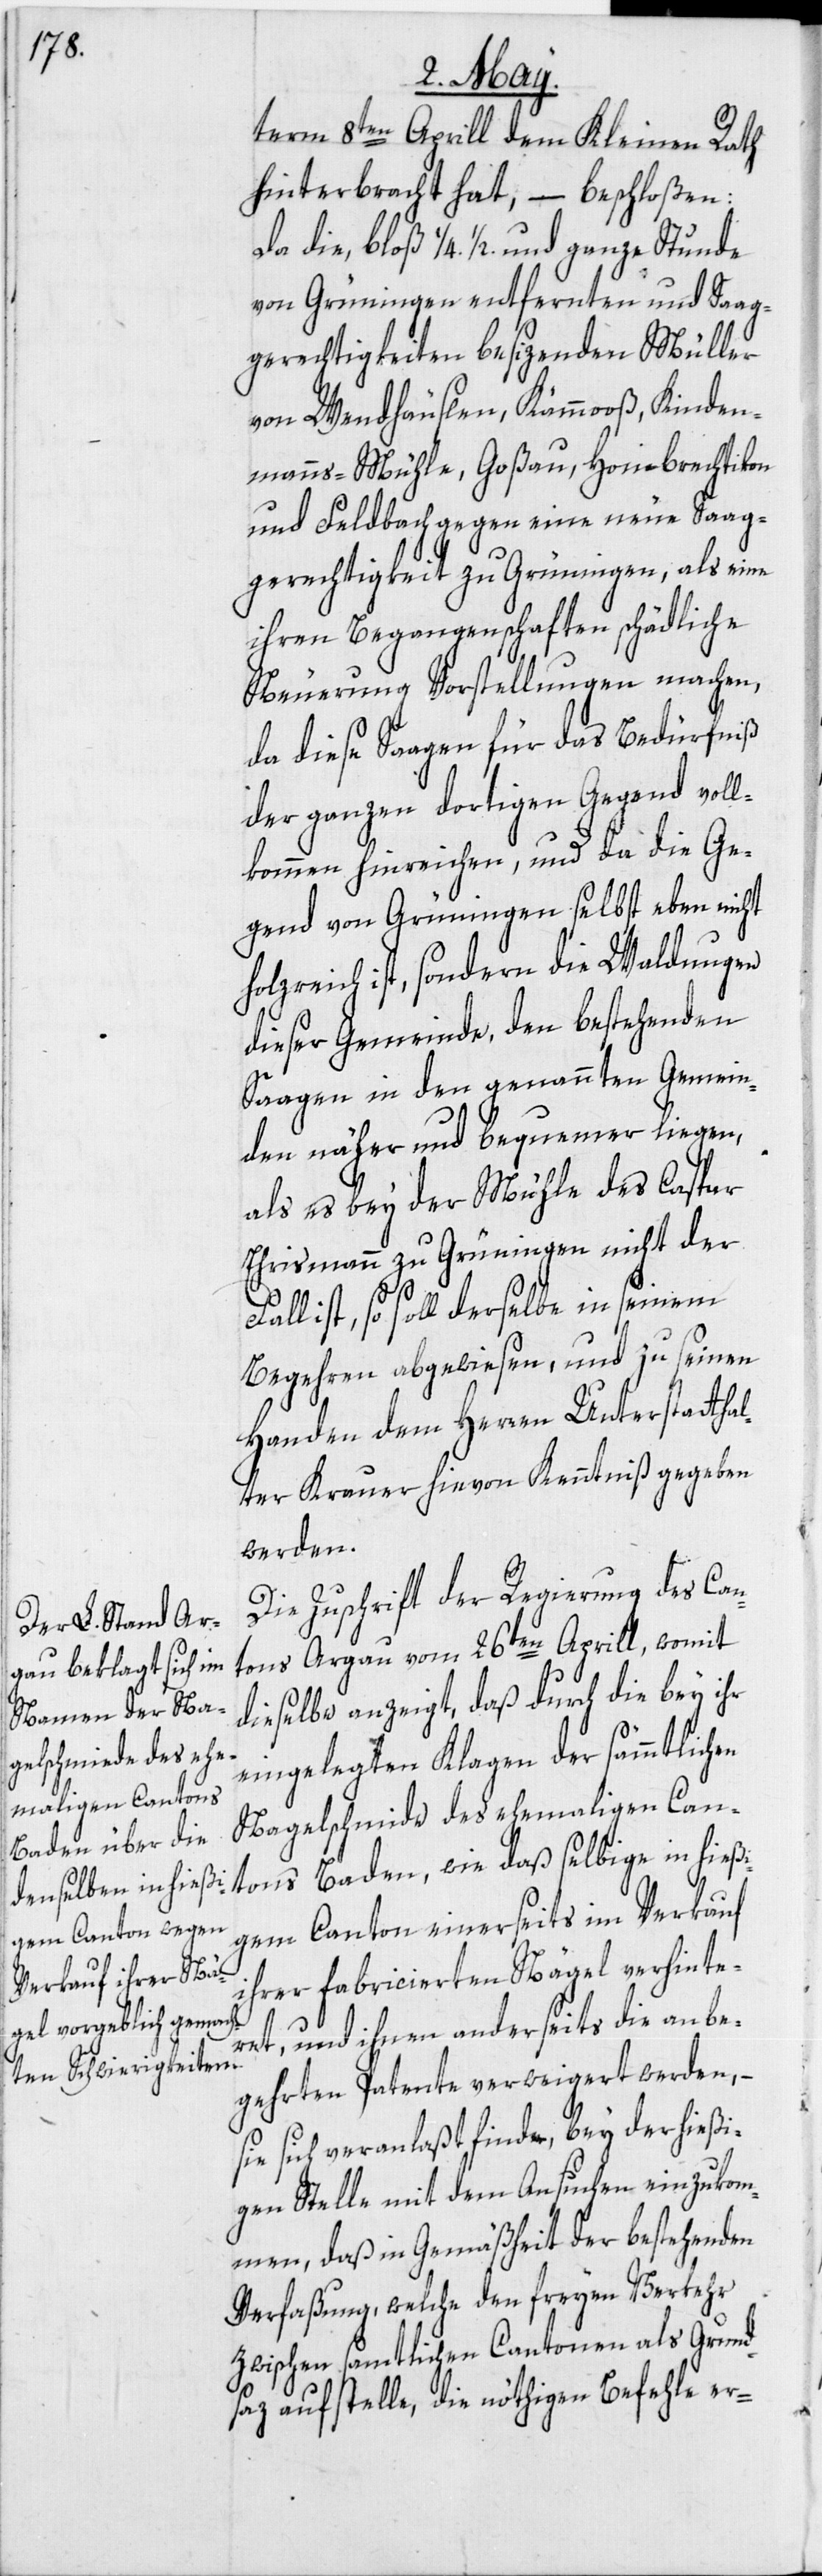
term 8ten Aprill dem Kleinen Rath
hinterbracht hat, – beschloßen:
von Grüningen entfernten und Saag¬
gerechtigkeiten besizenden Müller
von Wendhäuslen, Kämmooß, Kinden¬
manns-Mühle, Goßau, Hombrechtikon
und Feldbach gegen eine neue Saag¬
gerechtigkeit zu Grüningen, als eine
ihren Begangenschaften schädliche
Neuerung Vorstellungen machen,
da diese Saagen für das Bedürfniß
der ganzen dortigen Gegend voll¬
kommen hinreichen, und da die Ge¬
gend von Grüningen selbst eben nicht
holzreich ist, sondern die Waldungen
dieser Gemeinde, den bestehenden
Saagen in den genannten Gemein¬
den näher und bequemer liegen,
als es bey der Mühle des Caspar
Ehrismann zu Grüningen nicht der
Fall ist, so soll derselbe in seinem
Begehren abgewiesen, und zu seinen
Handen dem Herren Unterstattha¬
lter Krauer hievon Kenntniß gegeben
werden.
Die Zuschrift der Regierung des Can¬
tons Argau vom 26ten Aprill, womit
dieselbe anzeigt, daß durch die bey ihr
eingelegten Klagen der sämmtlichen
Nagelschmide des ehemaligen Can¬
tons Baden, wie daß selbige in hießi¬
gem Canton einerseits im Verkauf
ihrer fabricierten Nägel verhinte¬
1/2.
ret, und ihnen anderseits die anbe¬
gehrten Patente verweigert werden, –
sie sich veranlaßt finde, bey der hießi¬
gen Stelle mit dem Ansuchen einzukom¬
men, daß in Gemäßheit der bestehenden
Verfaßung, welche den freyen Verkehr
zwischen samtlichen Cantonen als Grund¬
saz aufstelle, die nöthigen Befehle er-